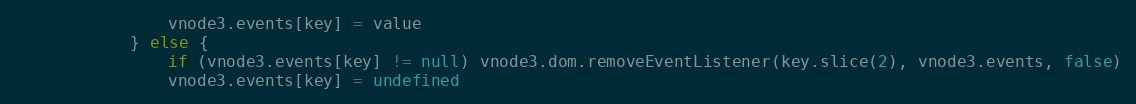
Language: JavaScript
				vnode3.events[key] = value
			} else {
				if (vnode3.events[key] != null) vnode3.dom.removeEventListener(key.slice(2), vnode3.events, false)
				vnode3.events[key] = undefined